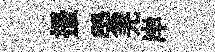
搔榮羌岸